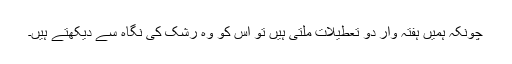
چونکہ ہمیں ہفتہ وار دو تعطیلات ملتی ہیں تو اس کو وہ رشک کی نگاہ سے دیکھتے ہیں۔